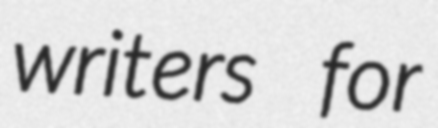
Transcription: writers for